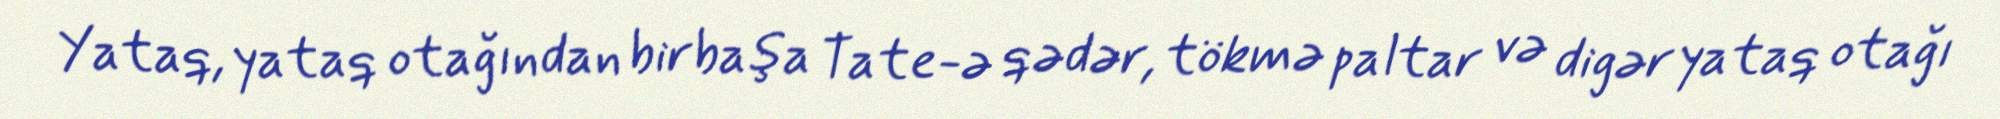
Yataq, yataq otağından birbaşa Tate-ə qədər, tökmə paltar və digər yataq otağı